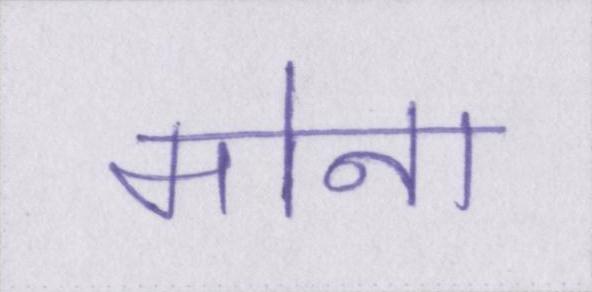
मोना